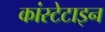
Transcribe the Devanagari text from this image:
कांस्टेटाइन